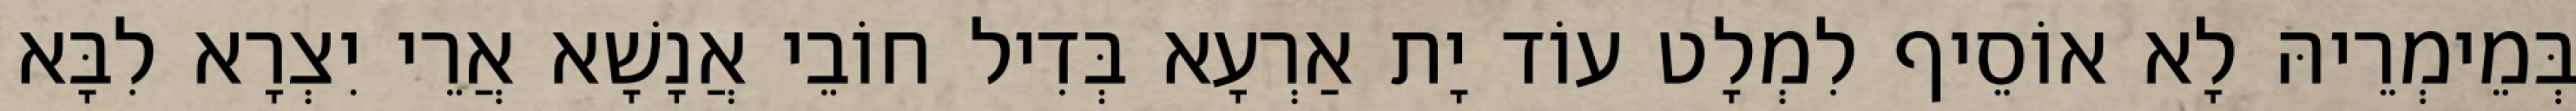
בְּמֵימְרֵיהּ לָא אוֹסֵיף לִמְלָט עוֹד יָת אַרְעָא בְּדִיל חוֹבֵי אֲנָשָׁא אֲרֵי יִצְרָא לִבָּא